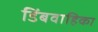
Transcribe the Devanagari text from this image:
डिंबवाहिका